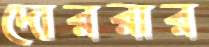
দোররার